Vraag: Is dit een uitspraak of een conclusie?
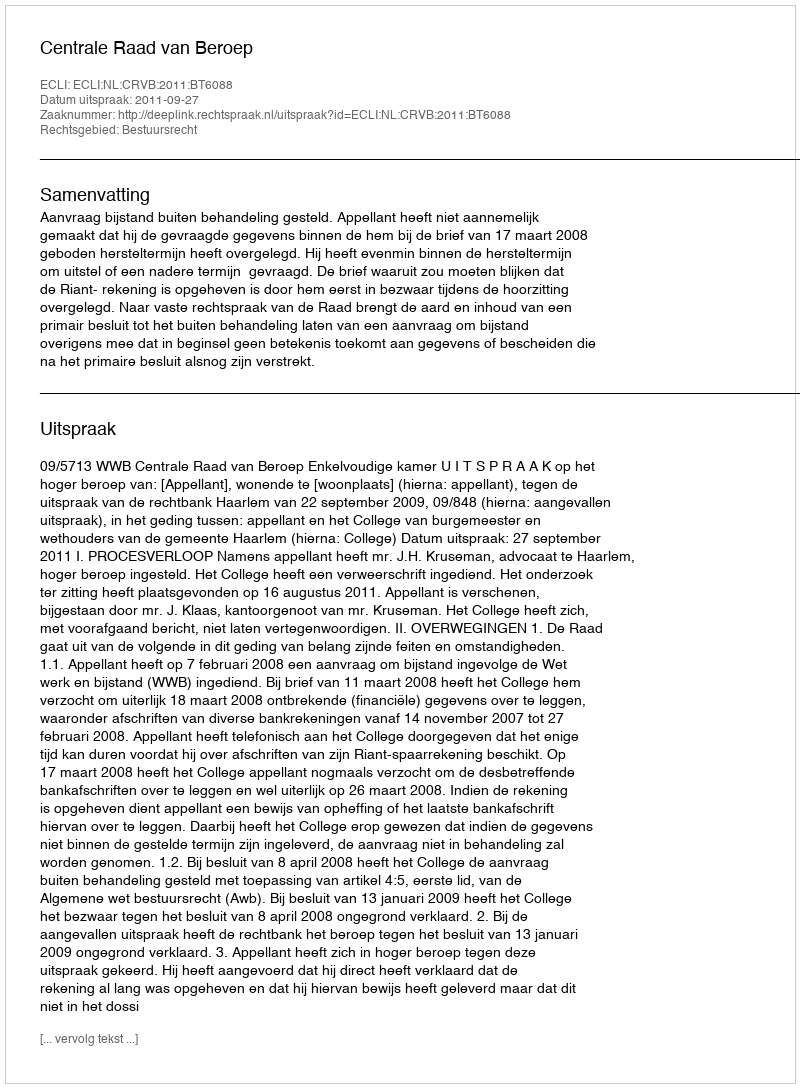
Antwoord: Uitspraak